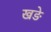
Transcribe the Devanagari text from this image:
खङे